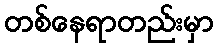
တစ်နေရာတည်းမှာ